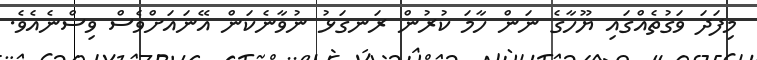
މިފަދަ ވަގުތެއްގައި ޔޫހާގެ ނަން ހާމަ ކުރުން ރަނގަޅު ނުވާނެކަން އޭނައަށްވެސް ވިސްނެއެވެ.